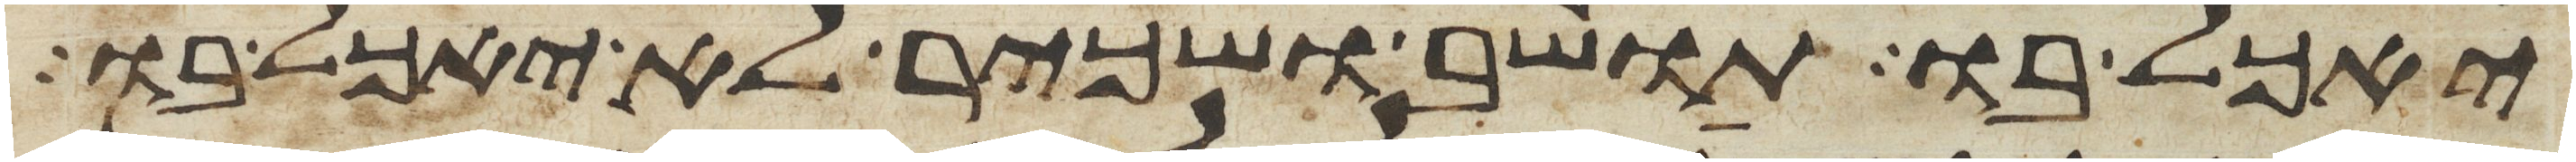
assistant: יאכל בו תושב ושכיר לא יאכל בו